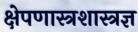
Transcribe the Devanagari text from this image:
क्षेपणास्त्रशास्त्रज्ञ